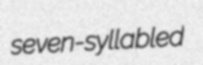
seven-syllabled